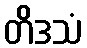
တိဒသံ